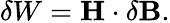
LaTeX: \delta W=\mathbf{H}\cdot\delta\mathbf{B}.